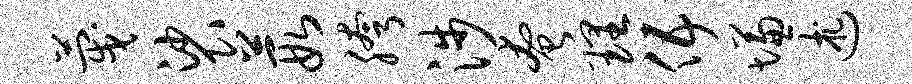
蔑裟葭胯涉奄理伍慊述